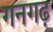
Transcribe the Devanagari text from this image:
गनगढ़